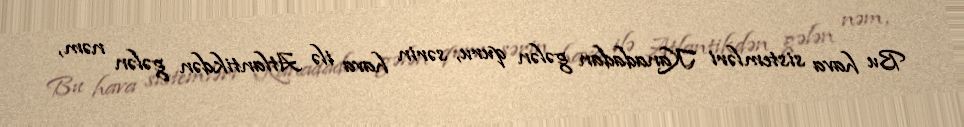
Bu hava sistemləri Kanadadan gələn quru, sərin hava ilə Atlantikdən gələn nəm,